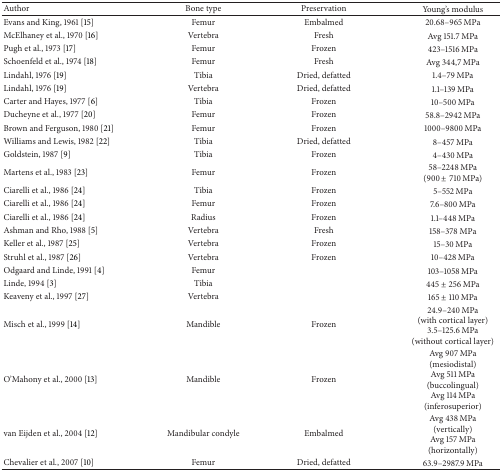
<table><thead><tr><td><b>Author</b></td><td><b>Bone type</b></td><td><b>Preservation</b></td><td><b>Young&#x27;s modulus</b></td></tr></thead><tbody><tr><td>Evans and King, 1961 [15]</td><td>Femur</td><td>Embalmed</td><td>20.68–965 MPa</td></tr><tr><td>McElhaney et al., 1970 [16]</td><td>Vertebra</td><td>Fresh</td><td>Avg 151.7 MPa</td></tr><tr><td>Pugh et al., 1973 [17]</td><td>Femur</td><td>Frozen</td><td>423–1516 MPa</td></tr><tr><td>Schoenfeld et al., 1974 [18]</td><td>Femur</td><td>Fresh</td><td>Avg 344,7 MPa</td></tr><tr><td>Lindahl, 1976 [19]</td><td>Tibia</td><td>Dried, defatted</td><td>1.4–79 MPa</td></tr><tr><td>Lindahl, 1976 [19]</td><td>Vertebra</td><td>Dried, defatted</td><td>1.1–139 MPa</td></tr><tr><td>Carter and Hayes, 1977 [6]</td><td>Tibia</td><td>Frozen</td><td>10–500 MPa</td></tr><tr><td>Ducheyne et al., 1977 [20]</td><td>Femur</td><td>Frozen</td><td>58.8–2942 MPa</td></tr><tr><td>Brown and Ferguson, 1980 [21]</td><td>Femur</td><td>Frozen</td><td>1000–9800 MPa</td></tr><tr><td>Williams and Lewis, 1982 [22]</td><td>Tibia</td><td>Dried, defatted</td><td>8–457 MPa</td></tr><tr><td>Goldstein, 1987 [9]</td><td>Tibia</td><td>Frozen</td><td>4–430 MPa</td></tr><tr><td>Martens et al., 1983 [23]</td><td>Femur</td><td>Frozen</td><td>58–2248 MPa(900 ± 710 MPa)</td></tr><tr><td>Ciarelli et al., 1986 [24]</td><td>Tibia</td><td>Frozen</td><td>5–552 MPa</td></tr><tr><td>Ciarelli et al., 1986 [24]</td><td>Femur</td><td>Frozen</td><td>7.6–800 MPa</td></tr><tr><td>Ciarelli et al., 1986 [24]</td><td>Radius</td><td>Frozen</td><td>1.1–448 MPa</td></tr><tr><td>Ashman and Rho, 1988 [5]</td><td>Vertebra</td><td>Fresh</td><td>158–378 MPa</td></tr><tr><td>Keller et al., 1987 [25]</td><td>Vertebra</td><td>Frozen</td><td>15–30 MPa</td></tr><tr><td>Struhl et al., 1987 [26]</td><td>Vertebra</td><td>Frozen</td><td>10–428 MPa</td></tr><tr><td>Odgaard and Linde, 1991 [4]</td><td>Femur</td><td> </td><td>103–1058 MPa</td></tr><tr><td>Linde, 1994 [3]</td><td>Tibia</td><td> </td><td>445 ± 256 MPa</td></tr><tr><td>Keaveny et al., 1997 [27]</td><td>Vertebra</td><td> </td><td>165 ± 110 MPa</td></tr><tr><td>Misch et al., 1999 [14]</td><td>Mandible</td><td>Frozen</td><td>24.9–240 MPa(with cortical layer)3.5–125.6 MPa(without cortical layer)</td></tr><tr><td>O&#x27;Mahony et al., 2000 [13]</td><td>Mandible</td><td>Frozen</td><td>Avg 907 MPa (mesiodistal)Avg 511 MPa (buccolingual)Avg 114 MPa (inferosuperior)</td></tr><tr><td>van Eijden et al., 2004 [12]</td><td>Mandibular condyle</td><td>Embalmed</td><td>Avg 438 MPa (vertically)Avg 157 MPa (horizontally)</td></tr><tr><td>Chevalier et al., 2007 [10]</td><td>Femur</td><td>Dried, defatted</td><td>63.9–2987.9 MPa</td></tr></tbody></table>